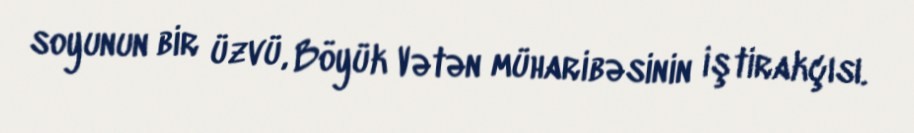
soyunun bir üzvü, Böyük Vətən müharibəsinin iştirakçısı.